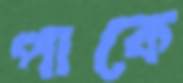
পাকে